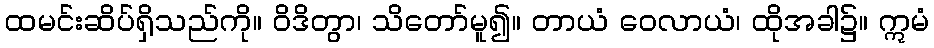
ထမင်းဆိပ်ရှိသည်ကို။ ဝိဒိတွာ၊ သိတော်မူ၍။ တာယံ ဝေလာယံ၊ ထိုအခါ၌။ ဣမံ